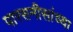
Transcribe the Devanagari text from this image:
पारसनीसांच्या